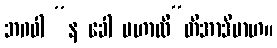
ဘဂဝါ “န ခေါ မဟာလီ”တိအာဒိမာဟ။